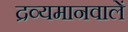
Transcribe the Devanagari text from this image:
द्रव्यमानवालें